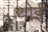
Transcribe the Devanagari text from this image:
थोई